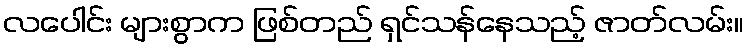
လပေါင်း များစွာက ဖြစ်တည် ရှင်သန်နေသည့် ဇာတ်လမ်း။